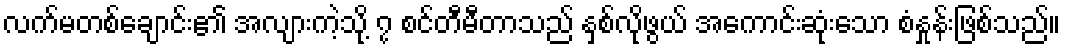
လက်မတစ်ချောင်း၏ အလျားကဲ့သို့ ၇ စင်တီမီတာသည် နှစ်လိုဖွယ် အကောင်းဆုံးသော စံနှုန်းဖြစ်သည်။